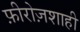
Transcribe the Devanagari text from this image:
फ़ीरोज़शाही